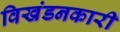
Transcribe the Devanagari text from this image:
विखंडनकारी